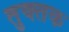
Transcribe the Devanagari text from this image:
तुक्तक